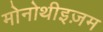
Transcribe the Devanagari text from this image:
मोनोथीइज़म